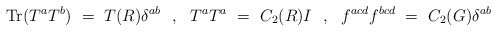
\begin{align*}\mbox{Tr}(T^aT^b) ~=~ T(R) \delta^{ab} ~~,~~ T^aT^a ~=~ C_2(R) I ~~,~~f^{acd} f^{bcd} ~=~ C_2(G) \delta^{ab}\end{align*}